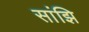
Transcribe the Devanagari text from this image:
सांझि